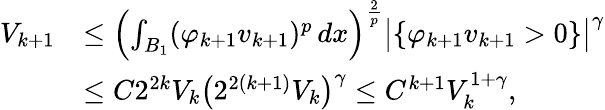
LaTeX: \begin{array}{rl}{V_{k+1}}&{\le\left(\int_{B_{1}}(\varphi_{k+1}v_{k+1})^{p}\, dx\right)^{\frac{2}{p}}\big|\{ \varphi_{k+1}v_{k+1}>0\} \big|^{\gamma}}\\ &{\le C2^{2k}V_{k}\big(2^{2(k+1)}V_{k}\big)^{\gamma}\le C^{k+1}V_{k}^{1+\gamma},}\end{array}